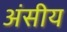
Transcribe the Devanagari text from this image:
अंसीय